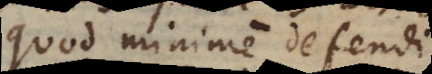
Quod minime defendi